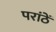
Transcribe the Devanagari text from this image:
परांठें